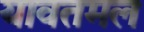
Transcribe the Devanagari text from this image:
यावतमल